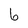
Character: b